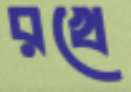
রখে